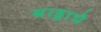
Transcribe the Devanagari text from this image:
बाड्डाचे